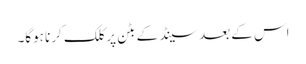
اس کے بعد سینڈ کے بٹن پر کلک کرنا ہوگا۔